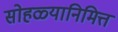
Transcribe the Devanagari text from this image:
सोहळ्यानिमित्त